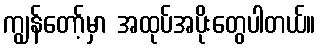
ကျွန်တော့်မှာ အထုပ်အပိုးတွေပါတယ်။